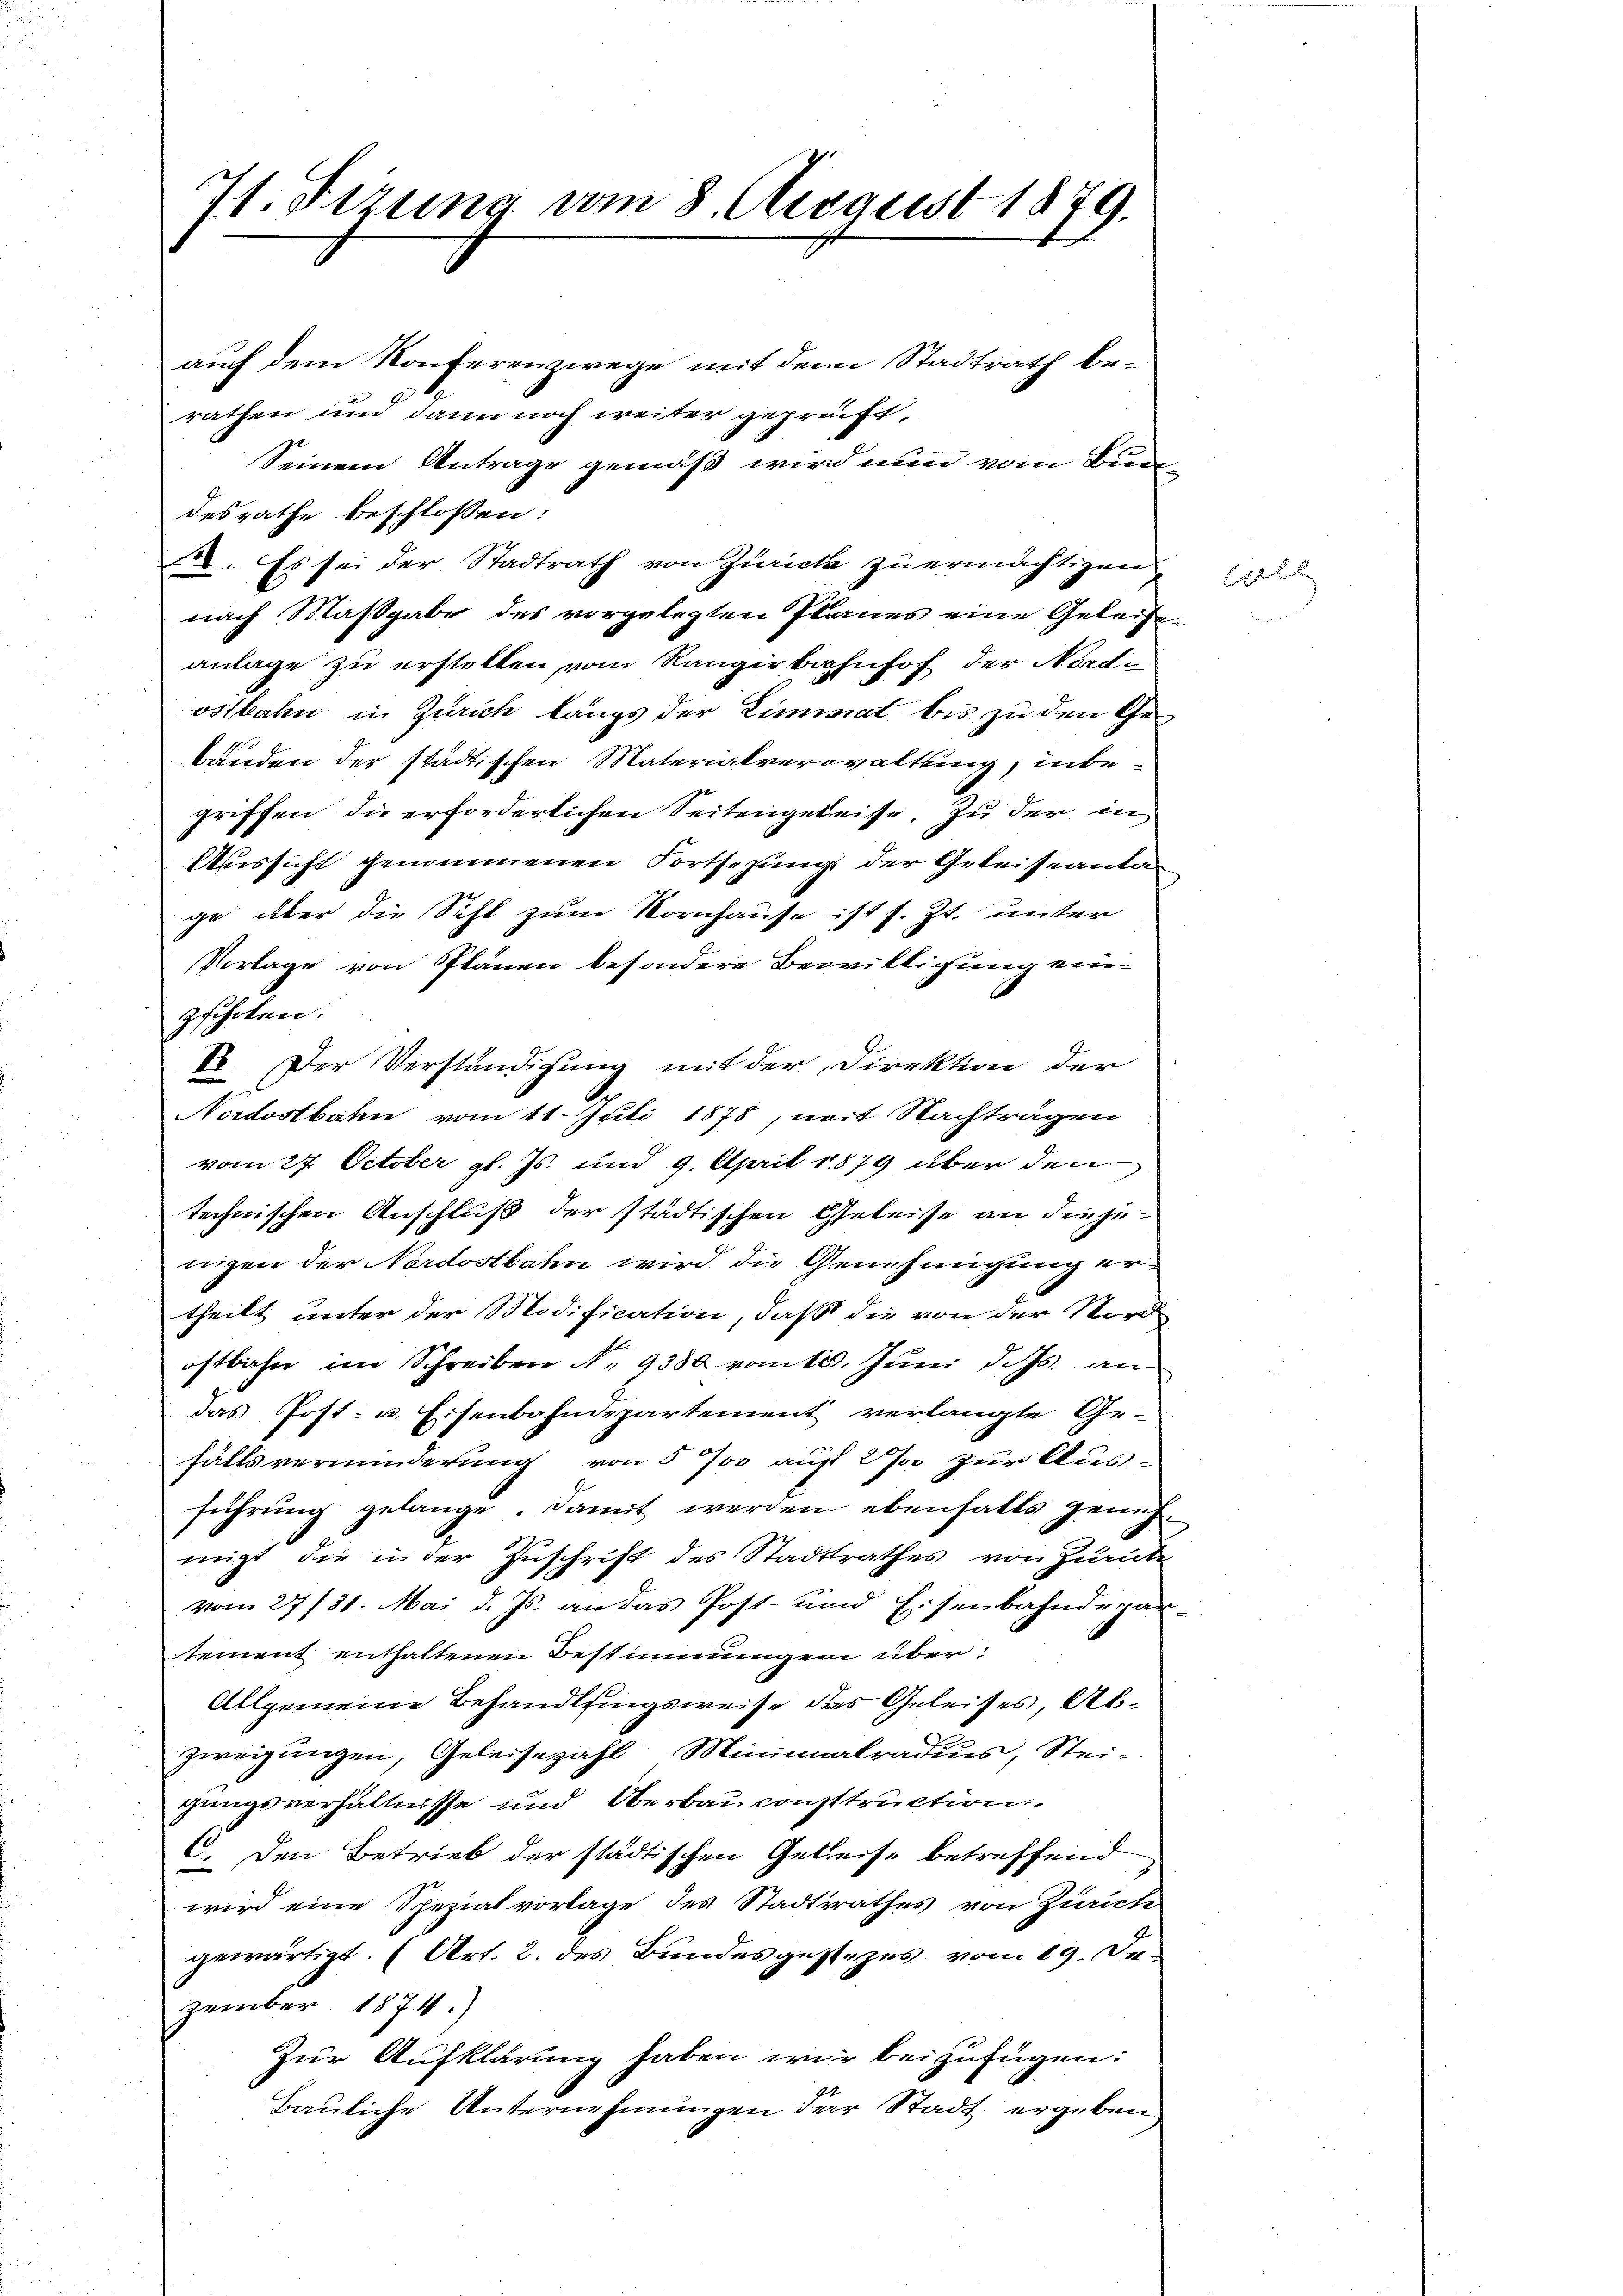
71. Ferung vom 8. August 1879.

auch dem Konferenzwege mit dem Stadtrath berathen und dann noch weiter geprüft,
Seinem Antrage gemäß wird nun vom Bundesrathe beschlossen:
. Es sei der Stadtrath von Zürich zu ermächtigen,
nach Maßgabe des vorgelegten Planes eine Geleiseanlage zu erstellen, vom Rangirbahnhof der Nordostbahn in Zürich längs der Limmat bis zu den Ge¬
1
bänden der städtischen Materialverwaltung, inbegriffen die erforderlichen Seitengeleise. Zu der in
Aussicht genommenen Fortsezung der Geleiseantage über die Sihl zum Kornhause ist s. Zt. unter
Vorlage von Plänen besondere Bewilligung einzuholen.
E. Der Verständigung mit der Direktion der
Nordostbahn vom 11. Juli 1878, mit Nachträgen
vom 27. October gl. Js. und 9. April 1879 über den
technischen Anschluß der städtischen Geleise an diejenigen der Nordostbahn wird die Genehmigung er-
theilt unter der Modification, daß die von der Nord
ostbahn im Schreiben N. 9380 vom 10. Juni d. Js. an
das Post- u. Eisenbahndepartement verlangte Ge-
fällsverminderung von 5 700 auf 2 J. zur Aus-
führung gelange. Damit werden ebenfalls genehnigt, die in der Zuschrift des Stadtrathes von Zumute
vom 27/21. Mai d. Js. an das Post- und Eisenbahndepar-
ement enthaltenen Bestimmungen über¬
Allgemeine Behandlsingsweise des Geleises, Abzweigungen, Geleisezahl Minimalradus, Steigungsverhältnisse und Oberbau construction.
C. Den Betrieb der städtischen Gebreise betreffend
wird eine Spezial vorlage des Stadtsrathes von Zürich
gewärtigt. (Art. 2. des Bundesgesezes vom 19. Dezember 1874.)
Zur Aufklärung haben wir beizufügen:
Bauliche Unternehmungen der Stadt ergeben

E in der